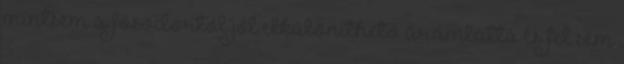
mintsem a fősodortól jól elkülöníthető áramlattá és fel sem